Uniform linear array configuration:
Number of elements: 12
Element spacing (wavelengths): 0.5
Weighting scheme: uniform
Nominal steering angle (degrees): -45
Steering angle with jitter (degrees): -44.265
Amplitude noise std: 0.05
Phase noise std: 0.05

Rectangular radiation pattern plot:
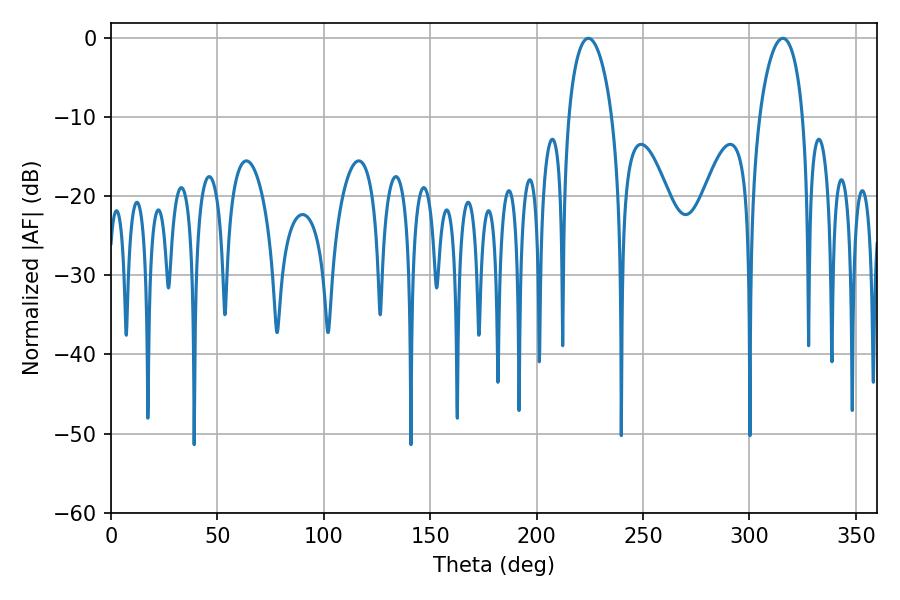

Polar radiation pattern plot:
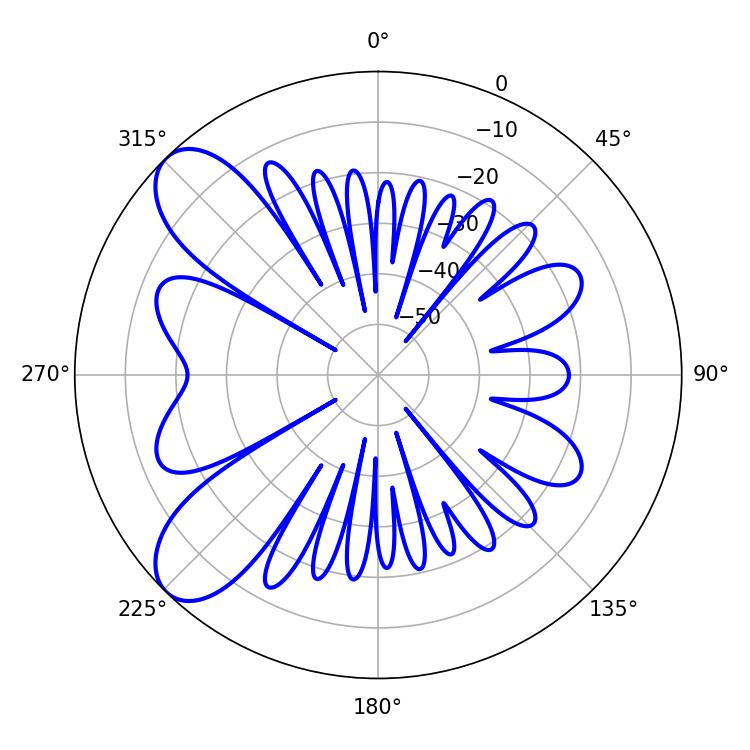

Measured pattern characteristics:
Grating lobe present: FALSE
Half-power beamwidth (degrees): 11.7
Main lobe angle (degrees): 224.28